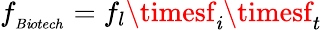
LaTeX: f_{_{B\mathit{i}otech}}=f_{l}\timesf_{\mathit{i}}\timesf_{t}